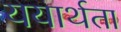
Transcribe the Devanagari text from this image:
ययार्थता